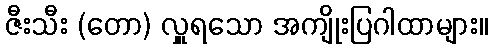
ဇီးသီး (တော) လှူရသော အကျိုးပြဂါထာများ။